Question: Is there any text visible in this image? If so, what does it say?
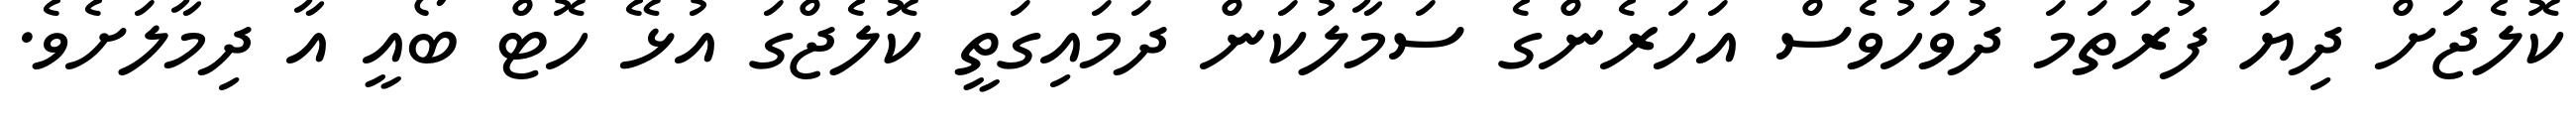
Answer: ކޮލެޖަށް ދިޔަ ފުރަތަމަ ދުވަހުވެސް އަހަރެންގެ ސަމާލުކަން ދަމައިގަތީ ކޮލެޖްގަ އުޅޭ ހޮޓް ބޯއީ އާ ދިމާލަށެވެ.